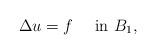
LaTeX: \begin{align*}\Delta u= f ~~~~\mbox{in}~B_1,\end{align*}